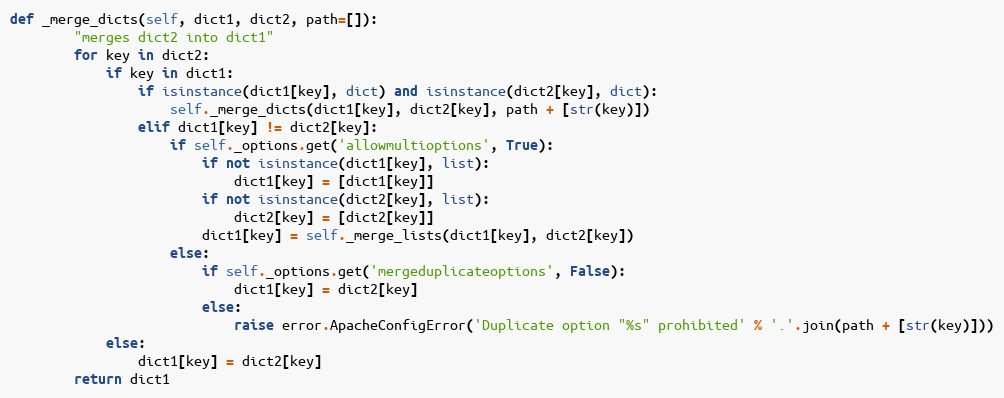
Language: Python
def _merge_dicts(self, dict1, dict2, path=[]):
        "merges dict2 into dict1"
        for key in dict2:
            if key in dict1:
                if isinstance(dict1[key], dict) and isinstance(dict2[key], dict):
                    self._merge_dicts(dict1[key], dict2[key], path + [str(key)])
                elif dict1[key] != dict2[key]:
                    if self._options.get('allowmultioptions', True):
                        if not isinstance(dict1[key], list):
                            dict1[key] = [dict1[key]]
                        if not isinstance(dict2[key], list):
                            dict2[key] = [dict2[key]]
                        dict1[key] = self._merge_lists(dict1[key], dict2[key])
                    else:
                        if self._options.get('mergeduplicateoptions', False):
                            dict1[key] = dict2[key]
                        else:
                            raise error.ApacheConfigError('Duplicate option "%s" prohibited' % '.'.join(path + [str(key)]))
            else:
                dict1[key] = dict2[key]
        return dict1